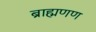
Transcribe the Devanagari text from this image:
ब्राह्मणण